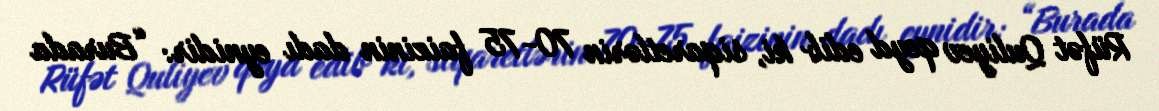
Rüfət Quliyev qeyd edib ki, siqaretlərin 70-75 faizinin dadı eynidir: “Burada